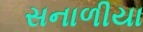
સનાળીયા